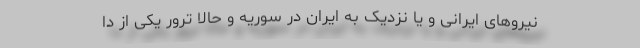
نیروهای ایرانی و یا نزدیک به ایران در سوریه و حالا ترور یکی از دا